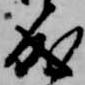
成